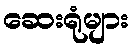
ဆေးရုံများ